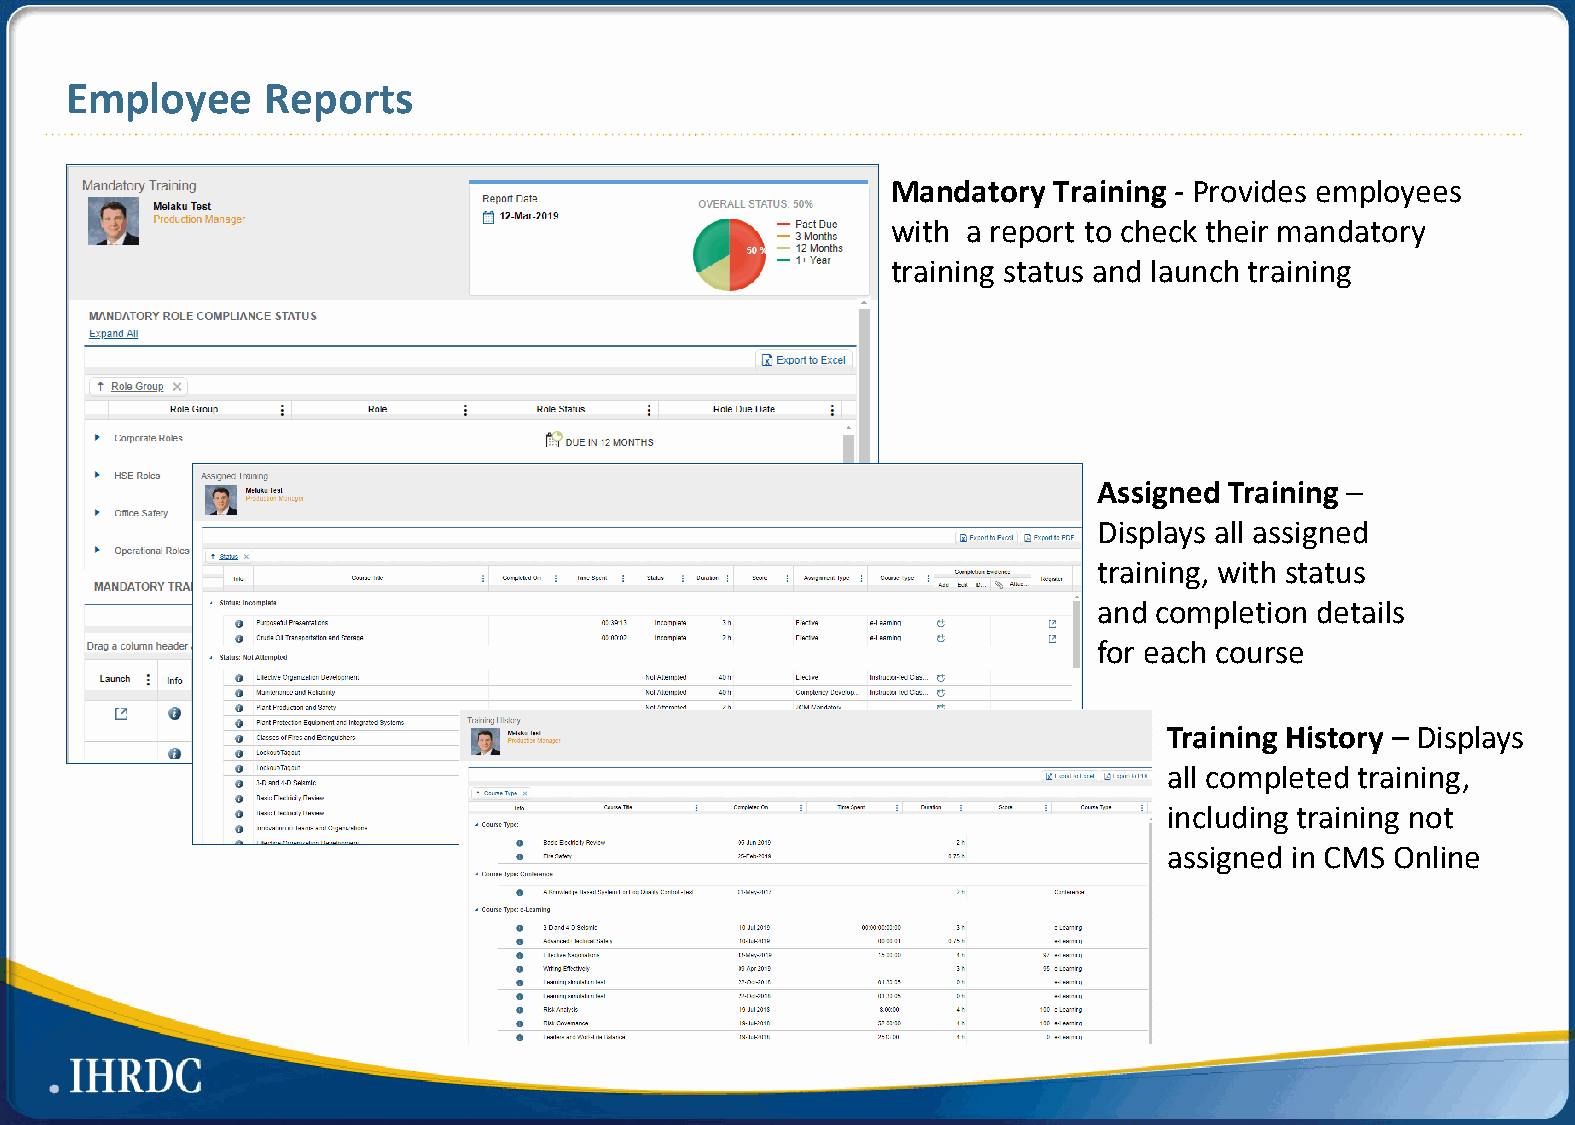
Employee      Reports
 Mandatory  Training - Provides employees
 with a report to check their mandatory
 training status and launch training
 Assigned Training –
 Displays all assigned
 training, with status
 and completion details
 for each course
 Training History – Displays
 all completed training,
 including training not
 assigned in CMS Online